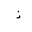
Letter: _thal